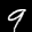
Label: 9